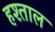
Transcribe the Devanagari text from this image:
हश्ताल